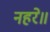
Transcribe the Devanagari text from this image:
नहरे॥